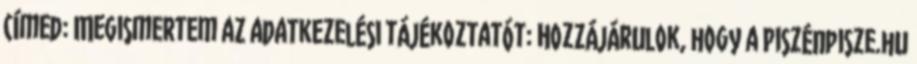
címed: Megismertem az adatkezelési tájékoztatót: Hozzájárulok, hogy a Piszénpisze.hu